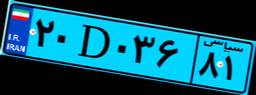
۲۰D۰۳۶۸۱